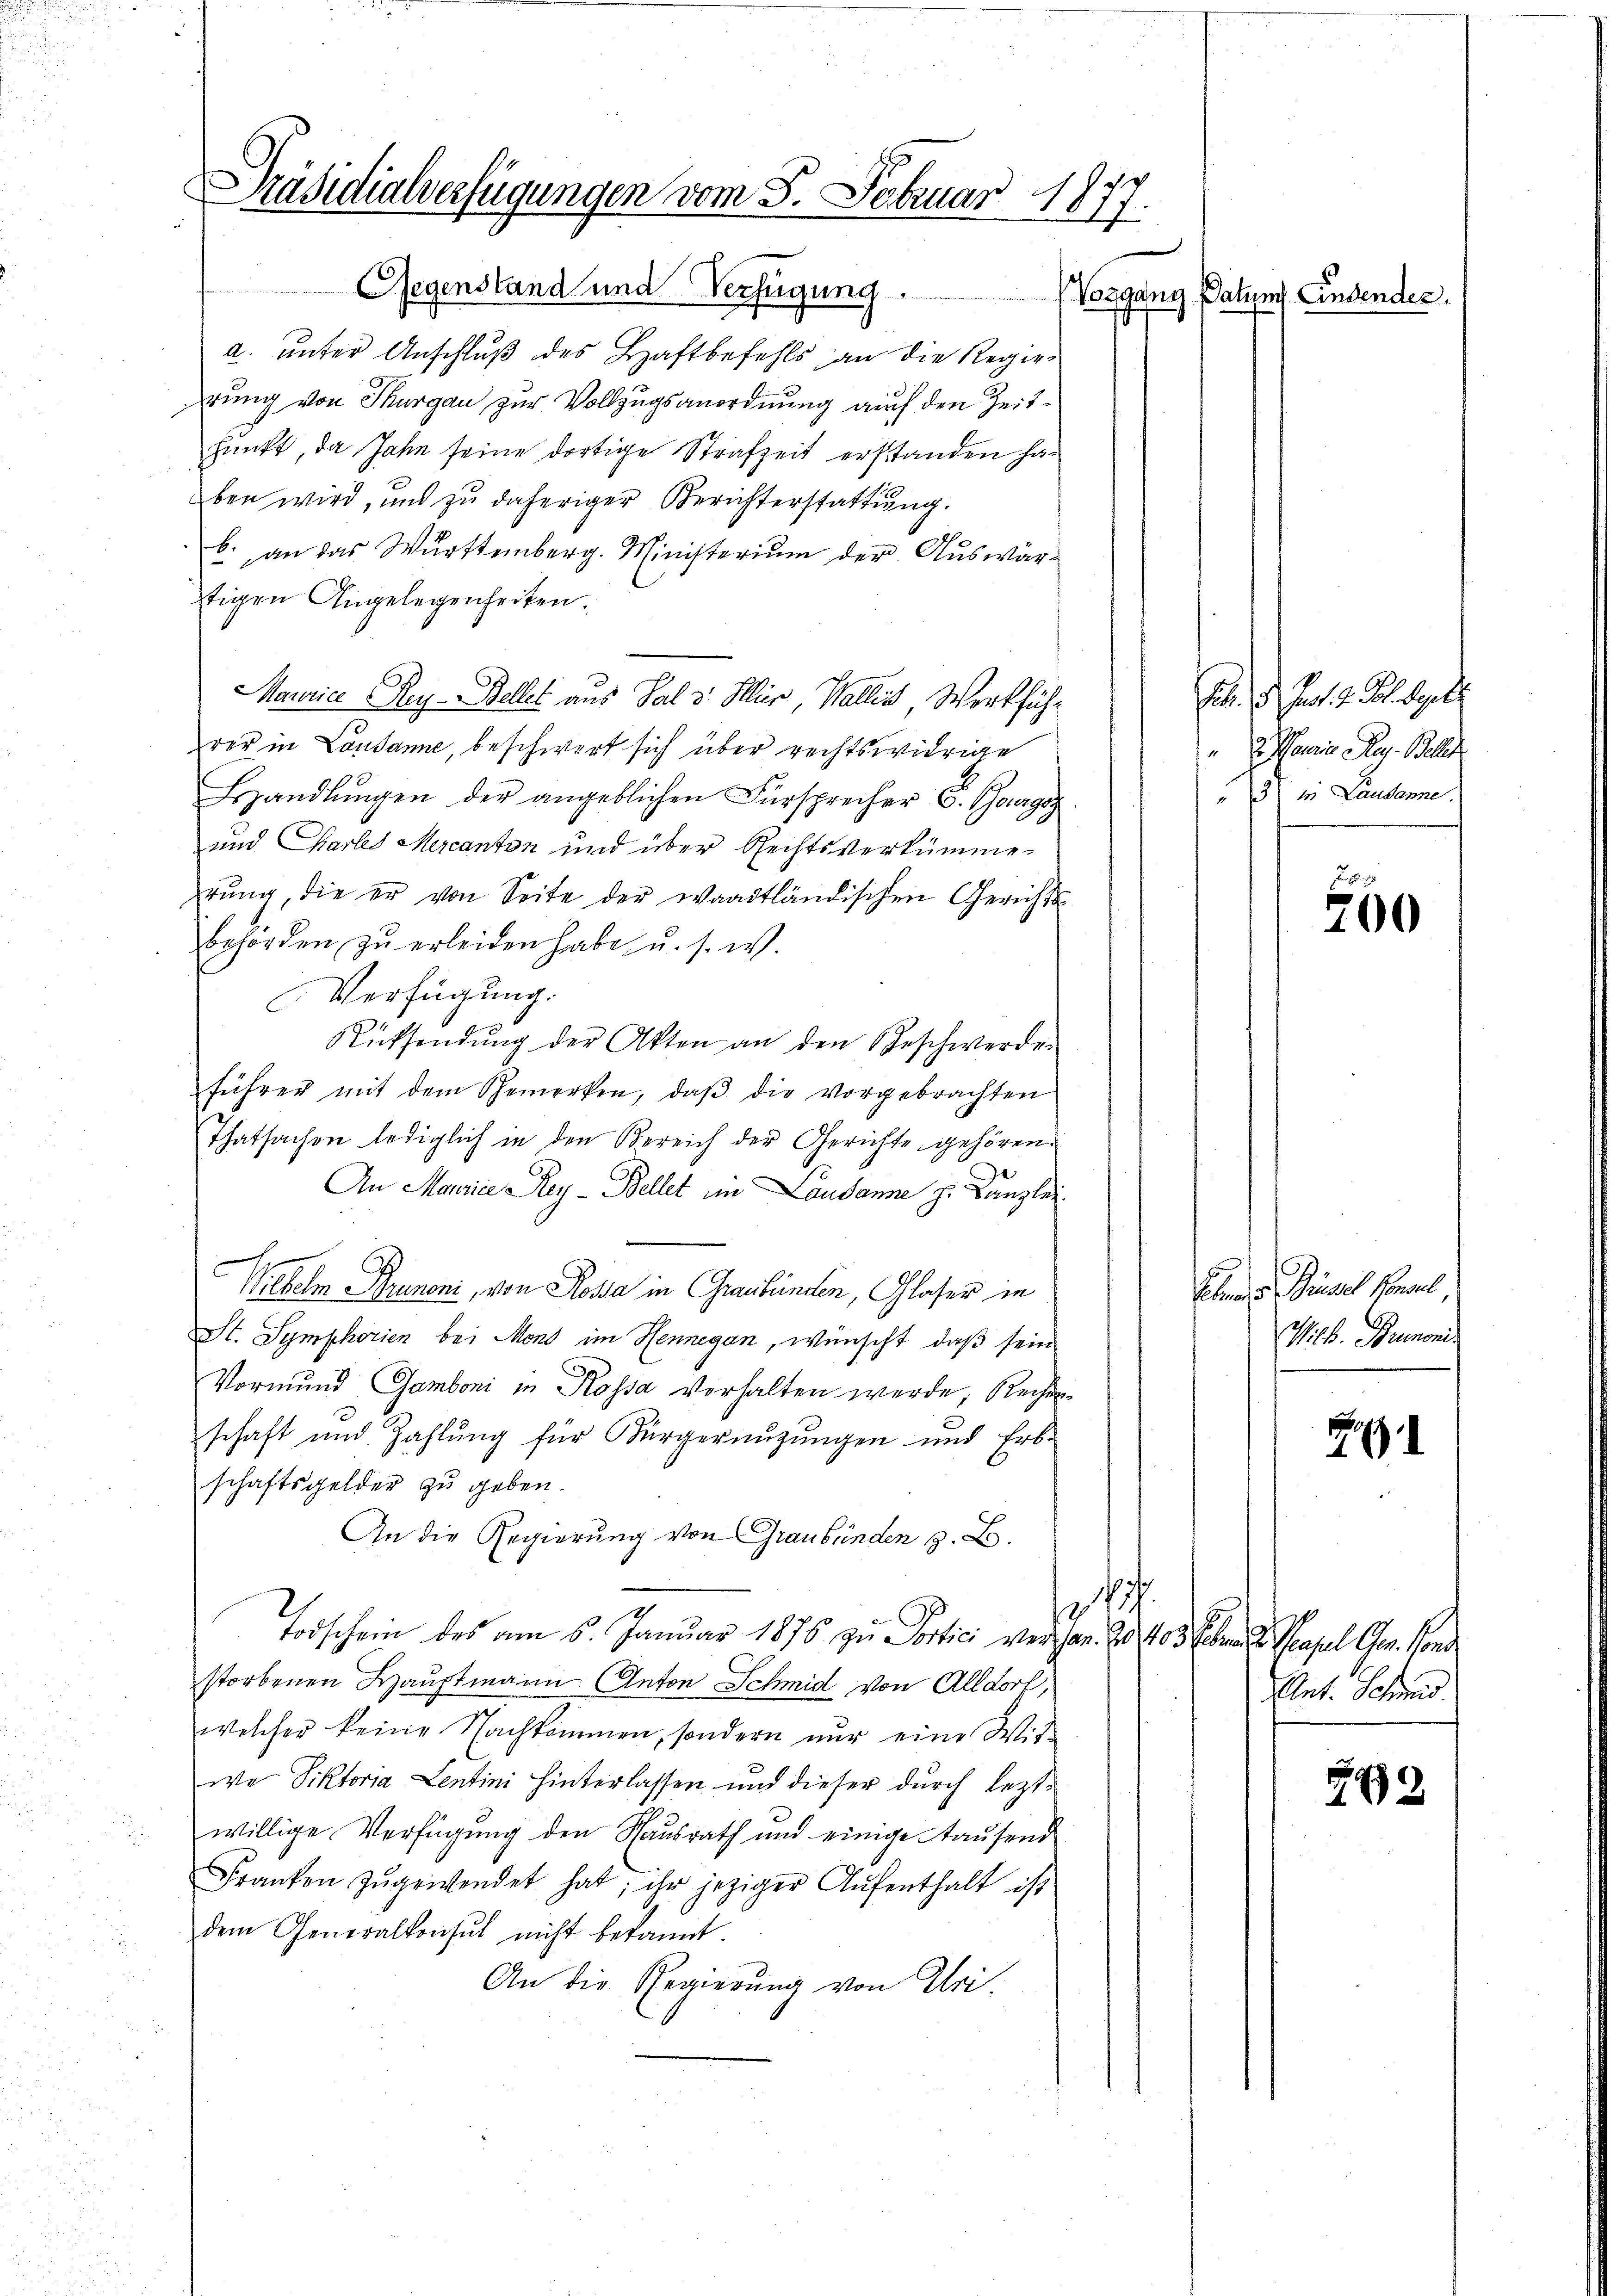
Präsidialverfügungen vom 5. Februar 1877.
Gegenstand und Verfügung.

a. unter Anschluß des Haftbefehls an die Regierung von Thurgau zur Vollzugsanordnung auch den Zeitpunkt, da Jahn seine dortige Strafzeit erstanden haben wird, und zu daheriger Berichterstattung.
b. an das Württemberg. Ministerium der Auswärtigen Angelegenheiten.
Maurice, Rey-Bellet aus Salz. Hür, Wallis, Werkführer in Lausanne, beschwert sich über rechtswidrige
Behandlŭngen der angeblichen Fürsprecher C. Bourgoz
und Chartes Mercanton und über Rechtsverkümme
rung, die er von Seite der waadtländischen Gerichtsbehörden zu erleiden habe, u. s. w.
Verfügung.
Rücksendŭng der Akten an den Geschwerde.
führer mit dem Gemerken, daβ die vorgebrachten
Thatsachen lediglich in den Bereich der Gerichte gehören.
An Marie-Rey-Bellet im Lausanne z. Kanzlei
Wiebelm Brunoni, von Rossa in Graubünden, Glaser in
St. Symphorien bei Mons im Hennegan, wünscht, daß sein
Vormund, Gamboni in Kossa verhalten werde, Rechen
schaft und Zahlung für Bürgernuzungen und Erb-
schaftsgelder zu geben.
An die Regierung von Graubünden z. B.
h.
2
r
Forschein des am 6. Januar 1876 zu Portici verhan. 2 403. Febr. d. Maasel Ger. Vonde
storbenen Hauptmann Anton Schmid von Alldort,
welcher keine Nachkommen, sondern nur eine Witwe Viktoria Lentini hinterlassen und dieser durch leztwillige Verfügung den Hausrath und einige ausend
Franken zŭgewendet hat, ihr jeziger Aŭfenthalt ist
dem Generalkonsul nicht bekannt.
An die Regierŭng von Uri.

Vorgang Datums Eindender

b. d. Js. v. Joh. Seite
". Mannia Aug. Blut
"3) in Lausanne.

Fr.
200

Eben u. eines Verwal
Wilb. Brunoni.

1

Ent. Schmid

249